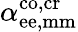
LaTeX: {\alpha}_{\mathrm{ee,mm}}^{\mathrm{co,cr}}